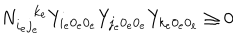
N _ { i _ { e } j _ { e } } ^ { k _ { e } } Y _ { i _ { e } 0 _ { e } 0 _ { e } } Y _ { j _ { e } 0 _ { e } 0 _ { e } } Y _ { k _ { e } 0 _ { e } 0 _ { e } } \geq 0